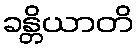
ခန္တိယာတိ